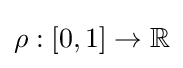
\rho :[0,1]\to \mathbb {R}